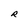
Character: R